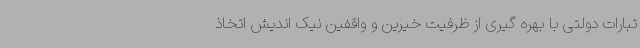
تبارات دولتی با بهره گیری از ظرفیت خیرین و واقفین نیک اندیش اتخاذ